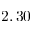
2 , 3 0